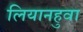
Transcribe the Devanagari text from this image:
लियानहुवा